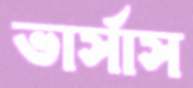
ভার্সাস